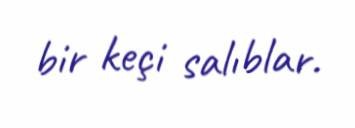
bir keçi salıblar.